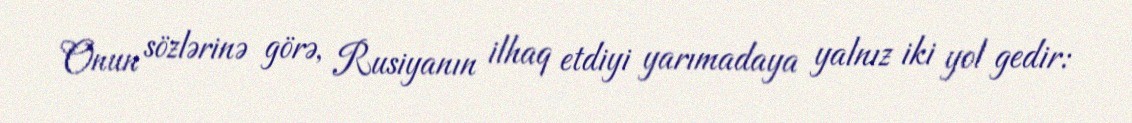
Onun sözlərinə görə, Rusiyanın ilhaq etdiyi yarımadaya yalnız iki yol gedir: